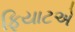
ફિયાટએ